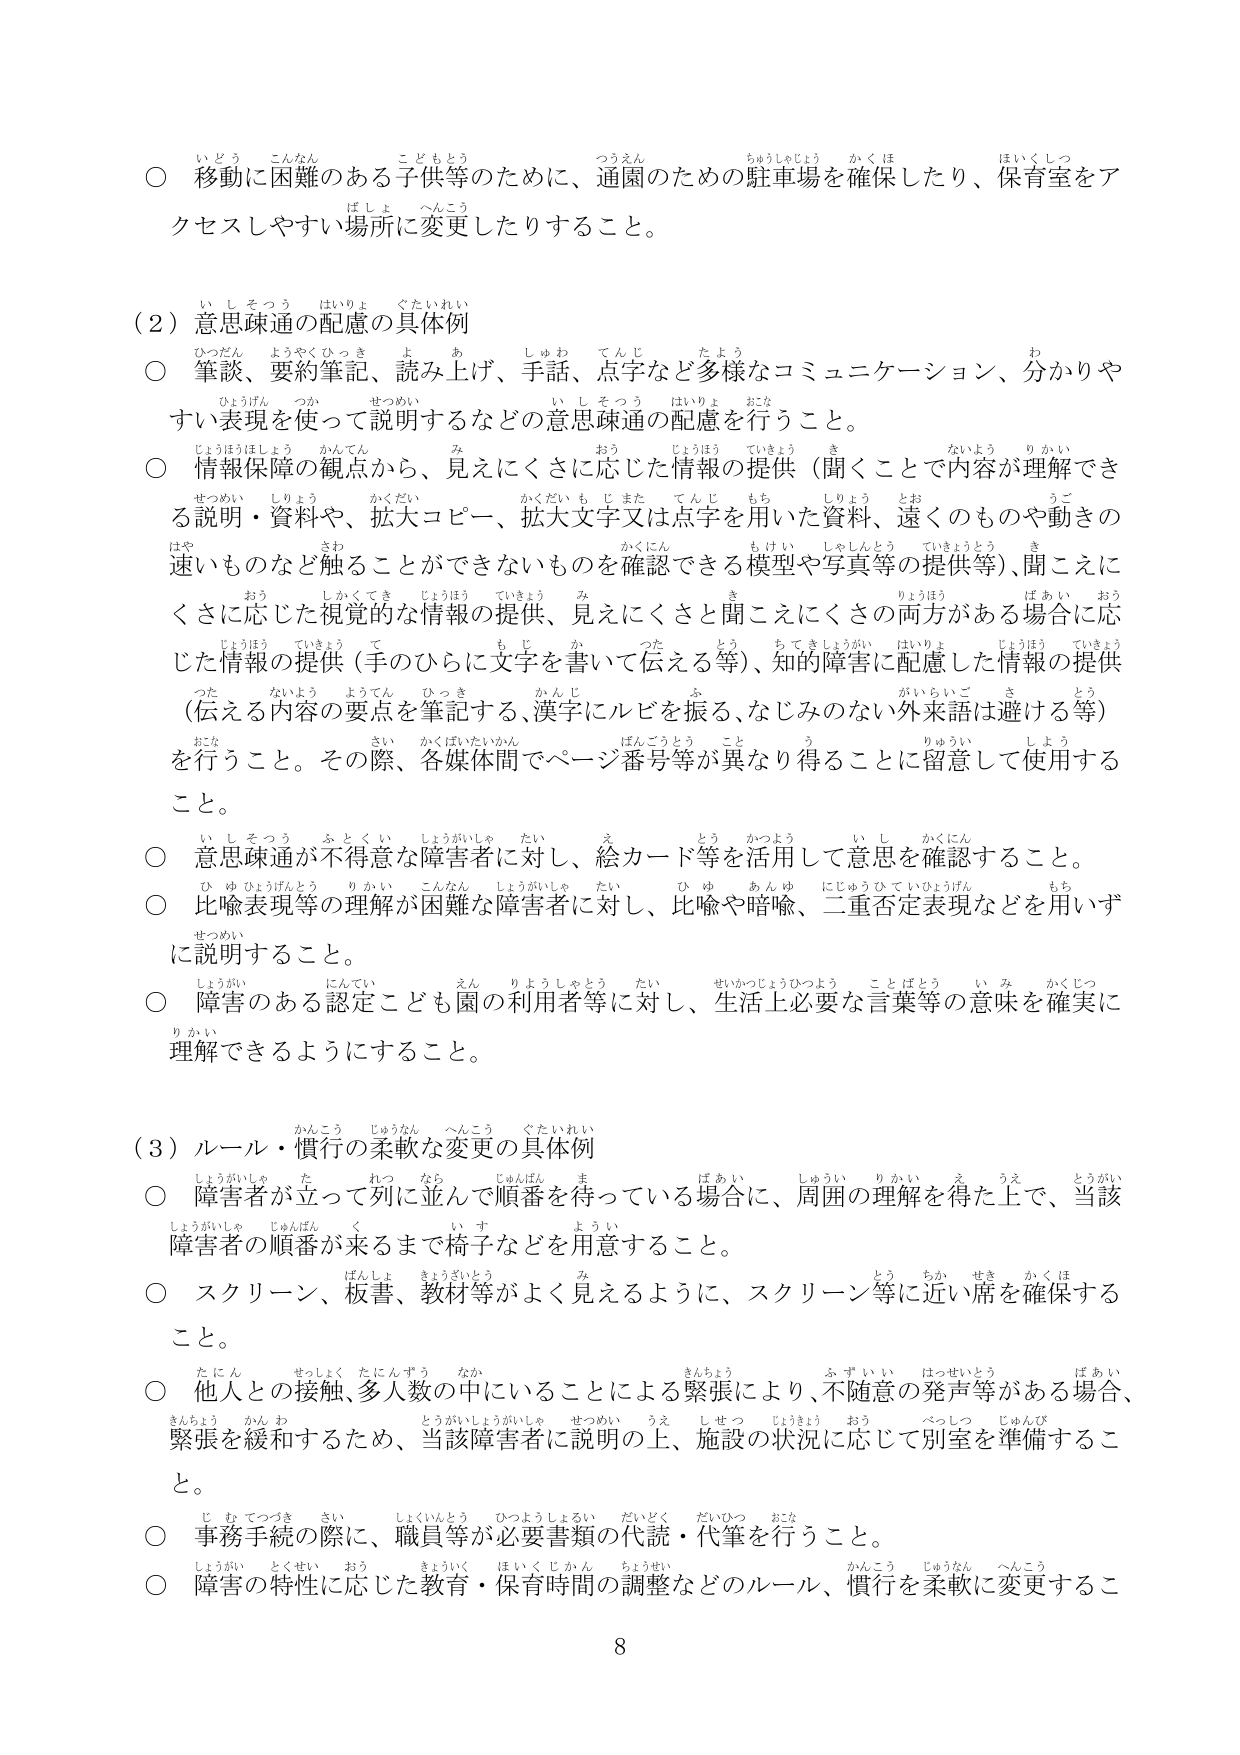
○ 移動に困難のある子供等のために、通園のための駐車場を確保したり、保育室をアクセスしやすい場所に変更したりすること。

（2）意思疎通の配慮の具体例
○ 筆談、要約筆記、読み上げ、手話、点字など多様なコミュニケーション、分かりやすい表現を使って説明するなどの意思疎通の配慮を行うこと。
○ 情報保障の観点から、見えにくさに応じた情報の提供（聞くことで内容が理解できる説明・資料や、拡大コピー、拡大文字又は点字を用いた資料、遠くのものや動きの速いものなど触ることができないものを確認できる模型や写真等の提供等）、聞こえにくさに応じた視覚的な情報の提供、見えにくさと聞こえにくさの両方がある場合に応じた情報の提供（手のひらに文字を書いて伝える等）、知的障害に配慮した情報の提供（伝える内容の要点を筆記する、漢字にルビを振る、なじみのない外来語は避ける等）を行うこと。その際、各媒体間でページ番号等が異なり得ることに留意して使用すること。
○ 意思疎通が不得意な障害者に対し、絵カード等を活用して意思を確認すること。
○ 比喩表現等の理解が困難な障害者に対し、比喩や暗喩、二重否定表現などを用いずに説明すること。
○ 障害のある認定こども園の利用者等に対し、生活上必要な言葉等の意味を確実に理解できるようにすること。

（3）ルール・慣行の柔軟な変更の具体例
○ 障害者が立って列に並んで順番を待っている場合に、周囲の理解を得た上で、当該障害者の順番が来るまで椅子などを用意すること。
○ スクリーン、板書、教材等がよく見えるように、スクリーン等に近い席を確保すること。
○ 他人との接触、多人数の中にいることによる緊張により、不随意の発声等がある場合、緊張を緩和するため、当該障害者に説明の上、施設の状況に応じて別室を準備すること。
○ 事務手続の際に、職員等が必要書類の代読・代筆を行うこと。
○ 障害の特性に応じた教育・保育時間の調整などのルール、慣行を柔軟に変更すること。

8